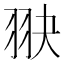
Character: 𦐍